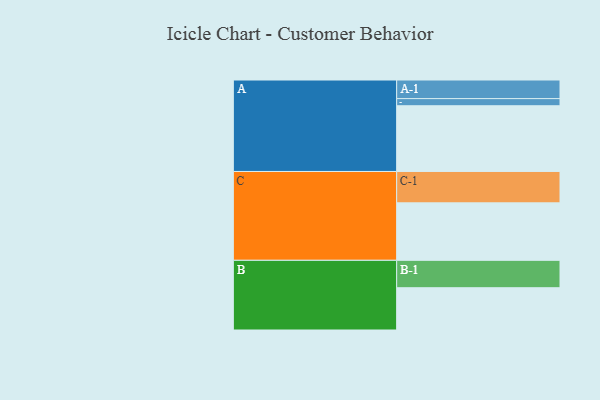
{"axis": {"x": "Segment", "y": "Value"}, "legend": ["", "A", "B", "C"], "data": [{"x": "A", "y": 597, "type": ""}, {"x": "B", "y": 384, "type": ""}, {"x": "C", "y": 522, "type": ""}, {"x": "A-1", "y": 169, "type": "A"}, {"x": "A-2", "y": 65, "type": "A"}, {"x": "B-1", "y": 249, "type": "B"}, {"x": "C-1", "y": 285, "type": "C"}]}